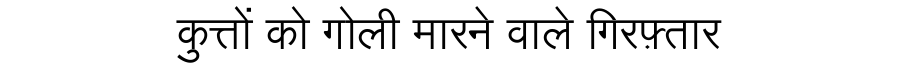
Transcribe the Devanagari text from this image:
कुत्तों को गोली मारने वाले गिरफ़्तार